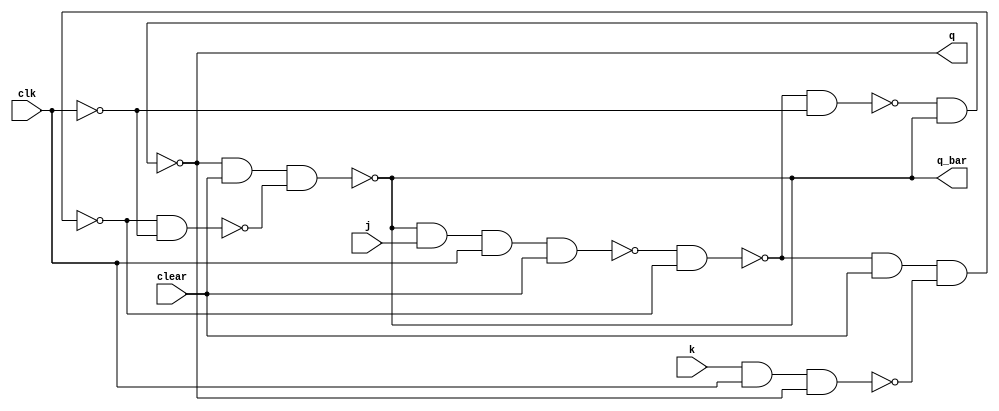
module JKFF(q, q_bar, j, k, clear, clk);
	input j, k, clear, clk;
	output q, q_bar;
	wire a, b, c, d, y, y_bar, c_bar;
	nand(a, q_bar, j, clk, clear);
	nand(b, k, clk, q);
	nand(y, a, y_bar);
	nand(y_bar, y, clear, b);
	not(c_bar, clk);
	nand(c, y, c_bar);
	nand(d, y_bar, c_bar);
	nand(q, c, q_bar);
	nand(q_bar, q, clear, d);
endmodule